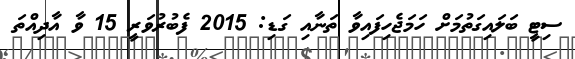
ސިޓީ ބަލައިގަތުމަށް ހަމަޖެހިފައިވާ ތަނާއި ގަޑި: 2015 ފެބުރުވަރީ 15 ވާ އާދިއްތަ